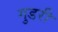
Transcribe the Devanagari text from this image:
गुडरी